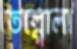
তেল্গোলা